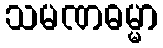
သမဏဓမ္မာ